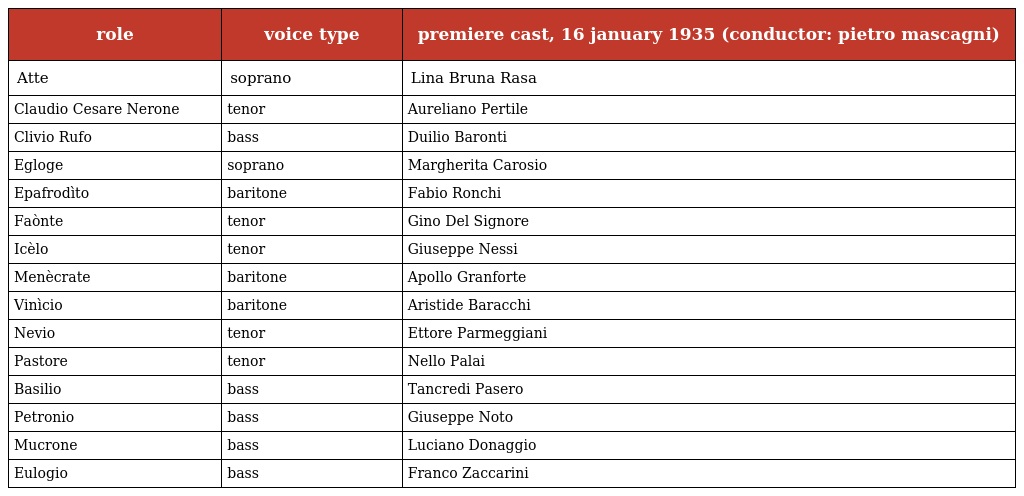
| role | voice type | premiere cast, 16 january 1935 (conductor: pietro mascagni) |
 | --- | --- | --- |
 | Atte | soprano | Lina Bruna Rasa |
 | Claudio Cesare Nerone | tenor | Aureliano Pertile |
 | Clivio Rufo | bass | Duilio Baronti |
 | Egloge | soprano | Margherita Carosio |
 | Epafrodìto | baritone | Fabio Ronchi |
 | Faònte | tenor | Gino Del Signore |
 | Icèlo | tenor | Giuseppe Nessi |
 | Menècrate | baritone | Apollo Granforte |
 | Vinìcio | baritone | Aristide Baracchi |
 | Nevio | tenor | Ettore Parmeggiani |
 | Pastore | tenor | Nello Palai |
 | Basilio | bass | Tancredi Pasero |
 | Petronio | bass | Giuseppe Noto |
 | Mucrone | bass | Luciano Donaggio |
 | Eulogio | bass | Franco Zaccarini |